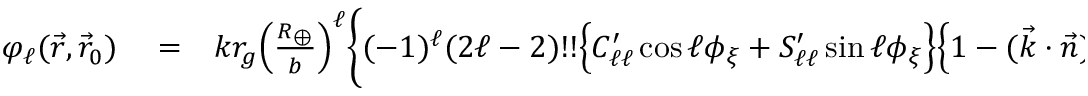
\begin{array} { r l r } { \varphi _ { \ell } ( \vec { r } , \vec { r } _ { 0 } ) } & { { } = } & { k r _ { g } \Big ( \frac { R _ { \oplus } } { b } \Big ) ^ { \ell } \bigg \{ ( - 1 ) ^ { \ell } ( 2 \ell - 2 ) ! ! \Big \{ C _ { \ell \ell } ^ { \prime } \cos \ell \phi _ { \xi } + S _ { \ell \ell } ^ { \prime } \sin \ell \phi _ { \xi } \Big \} \Big \{ 1 - ( \vec { k } \cdot \vec { n } ) \sum _ { k = 0 } ^ { \ell - 1 } \frac { ( 2 k ) ! } { 4 ^ { k } ( k ! ) ^ { 2 } } \Big ( \frac { b } { r } \Big ) ^ { 2 k } \Big \} \bigg \} \Big | _ { r _ { 0 } } ^ { r } , } \end{array}